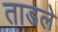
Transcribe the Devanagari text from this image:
ताडले